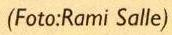
(Foto:Rami Salle)